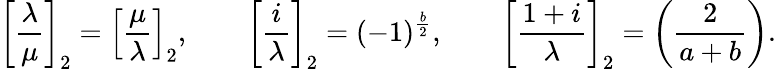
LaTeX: \left[{\frac{\lambda}{\mu}}\right]_{2}=\left[{\frac{\mu}{\lambda}}\right]_{2},\qquad\left[{\frac{i}{\lambda}}\right]_{2}=(-1)^{\frac{b}{2}},\qquad\left[{\frac{1+i}{\lambda}}\right]_{2}=\left({\frac{2}{a+b}}\right).